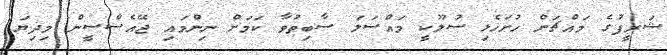
ޝަރީފުގެ މައްޗަށް ހުށަހެޅި ސުލޫކީ މައްސަލަ ސާބިތުވާ ކަމަށް ނިންމައި ޖޭއެސްސީން މިދިޔަ